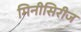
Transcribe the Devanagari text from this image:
मिनीसिरीज